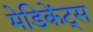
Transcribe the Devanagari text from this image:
मेडिकेंट्स